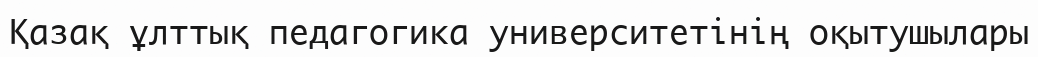
Қазақ ұлттық педагогика университетінің оқытушылары